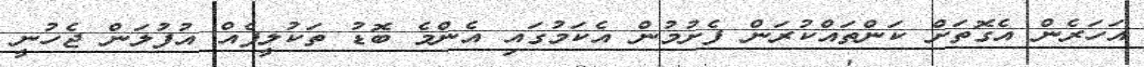
އަހަރެން އެގޮތަށް ކަންތައްކުރަން ފެށުމުން އެކަމުގައި އެންމެ ބޮޑު ތަކުލީފެއް އުފުލަން ޖެހުނީ